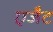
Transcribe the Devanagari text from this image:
एजैेट